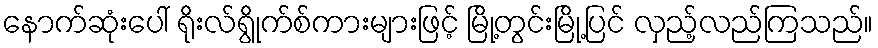
နောက်ဆုံးပေါ် ရိုးလ်ရွိုက်စ်ကားများဖြင့် မြို့တွင်းမြို့ပြင် လှည့်လည်ကြသည်။